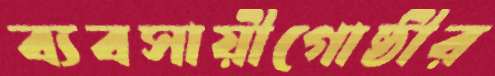
ব্যবসায়ীগোষ্ঠীর